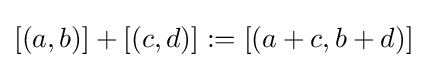
[(a,b)]+[(c,d)]:=[(a+c,b+d)]